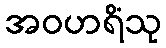
အဝဟရိံသု